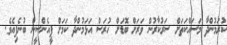
ކުރަމުންދާ މަސައްކަތަށް ސަރުކާރުން ވަރަށް ބޮޑަށް ހުރަސް އަޅަމުންދާ ކަމަށް ޕީއެންސީން ބުނެފިއެވެ.